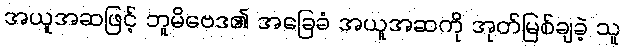
အယူအဆဖြင့် ဘူမိဗေဒ၏ အခြေခံ အယူအဆကို အုတ်မြစ်ချခဲ့ သူ